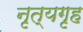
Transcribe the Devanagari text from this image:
नृत्यगृह